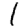
Digit: 1